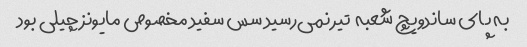
به پای ساندویچ شعبه  تیر نمی‌رسید سس سفید مخصوص مایونز چیلی بود